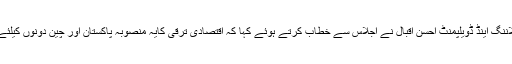
وفاقی وزیر پلاننگ اینڈ ڈویلپمنٹ احسن اقبال نے اجلاس سے خطاب کرتے ہوئے کہا کہ اقتصادی ترقی کایہ منصوبہ پاکستان اور چین دونوں کیلئے سود مند ہے۔